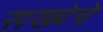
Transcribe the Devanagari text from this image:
सख्येचे